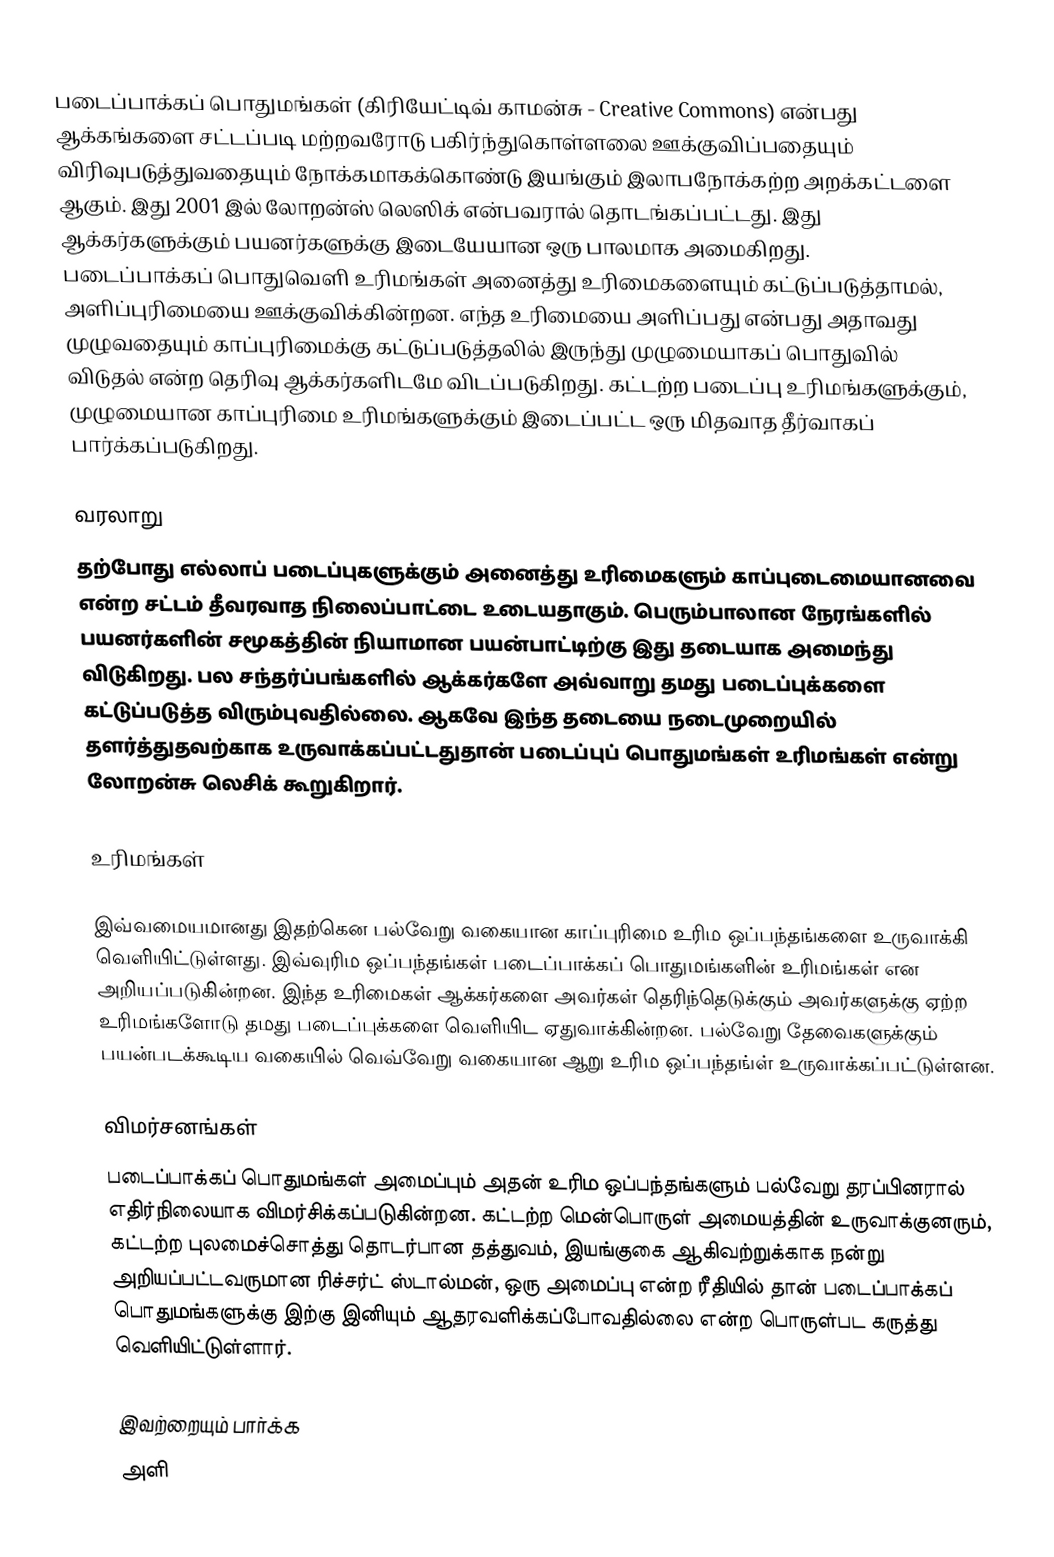
படைப்பாக்கப் பொதுமங்கள் (கிரியேட்டிவ் காமன்சு - Creative Commons) என்பது ஆக்கங்களை சட்டப்படி மற்றவரோடு பகிர்ந்துகொள்ளலை ஊக்குவிப்பதையும் விரிவுபடுத்துவதையும் நோக்கமாகக்கொண்டு இயங்கும் இலாபநோக்கற்ற அறக்கட்டளை ஆகும். இது 2001 இல் லோறன்ஸ் லெஸிக் என்பவரால் தொடங்கப்பட்டது.  இது ஆக்கர்களுக்கும் பயனர்களுக்கு இடையேயான ஒரு பாலமாக அமைகிறது. படைப்பாக்கப் பொதுவெளி உரிமங்கள் அனைத்து உரிமைகளையும் கட்டுப்படுத்தாமல், அளிப்புரிமையை ஊக்குவிக்கின்றன. எந்த உரிமையை அளிப்பது என்பது அதாவது முழுவதையும் காப்புரிமைக்கு கட்டுப்படுத்தலில் இருந்து முழுமையாகப் பொதுவில் விடுதல் என்ற தெரிவு ஆக்கர்களிடமே விடப்படுகிறது.  கட்டற்ற படைப்பு உரிமங்களுக்கும், முழுமையான காப்புரிமை உரிமங்களுக்கும் இடைப்பட்ட ஒரு மிதவாத தீர்வாகப் பார்க்கப்படுகிறது.

வரலாறு
தற்போது எல்லாப் படைப்புகளுக்கும் அனைத்து உரிமைகளும் காப்புடைமையானவை என்ற சட்டம் தீவரவாத நிலைப்பாட்டை உடையதாகும். பெரும்பாலான நேரங்களில் பயனர்களின் சமூகத்தின் நியாமான பயன்பாட்டிற்கு இது தடையாக அமைந்து விடுகிறது. பல சந்தர்ப்பங்களில் ஆக்கர்களே அவ்வாறு தமது படைப்புக்களை கட்டுப்படுத்த விரும்புவதில்லை.  ஆகவே இந்த தடையை நடைமுறையில் தளர்த்துதவற்காக உருவாக்கப்பட்டதுதான் படைப்புப் பொதுமங்கள் உரிமங்கள் என்று லோறன்சு லெசிக் கூறுகிறார்.

உரிமங்கள்

இவ்வமையமானது இதற்கென பல்வேறு வகையான காப்புரிமை உரிம ஒப்பந்தங்களை உருவாக்கி வெளியிட்டுள்ளது. இவ்வுரிம ஒப்பந்தங்கள் படைப்பாக்கப் பொதுமங்களின் உரிமங்கள் என அறியப்படுகின்றன. இந்த உரிமைகள் ஆக்கர்களை அவர்கள் தெரிந்தெடுக்கும் அவர்களுக்கு ஏற்ற உரிமங்களோடு தமது படைப்புக்களை வெளியிட ஏதுவாக்கின்றன.  பல்வேறு தேவைகளுக்கும் பயன்படக்கூடிய வகையில் வெவ்வேறு வகையான ஆறு உரிம ஒப்பந்தங்ள் உருவாக்கப்பட்டுள்ளன.

விமர்சனங்கள்
படைப்பாக்கப் பொதுமங்கள் அமைப்பும் அதன் உரிம ஒப்பந்தங்களும் பல்வேறு தரப்பினரால் எதிர்நிலையாக விமர்சிக்கப்படுகின்றன. கட்டற்ற மென்பொருள் அமையத்தின் உருவாக்குனரும், கட்டற்ற புலமைச்சொத்து தொடர்பான தத்துவம், இயங்குகை ஆகிவற்றுக்காக நன்று அறியப்பட்டவருமான ரிச்சர்ட் ஸ்டால்மன், ஒரு அமைப்பு என்ற ரீதியில் தான் படைப்பாக்கப் பொதுமங்களுக்கு இற்கு இனியும் ஆதரவளிக்கப்போவதில்லை என்ற பொருள்பட கருத்து வெளியிட்டுள்ளார்.

இவற்றையும் பார்க்க
 அளி